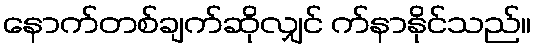
နောက်တစ်ချက်ဆိုလျှင် က်နာနိုင်သည်။